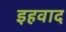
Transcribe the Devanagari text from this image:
इहवाद